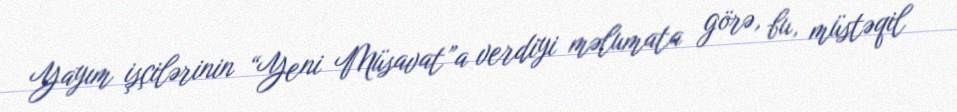
Yayım işçilərinin “Yeni Müsavat”a verdiyi məlumata görə, bu, müstəqil